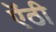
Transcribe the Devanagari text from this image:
ऎंठी